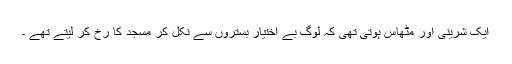
ایک شرینی اور مٹھاس ہوتی تھی کہ لوگ بے اختیار بستروں سے نکل کر مسجد کا رخ کر لیتے تھے ۔